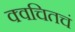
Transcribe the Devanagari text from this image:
क्वचितचं